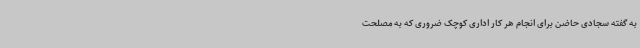
به گفته سجادی حاضن برای انجام هر کار اداری کوچک ضروری که به مصلحت